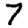
Digit: 7